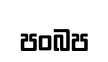
පංබප